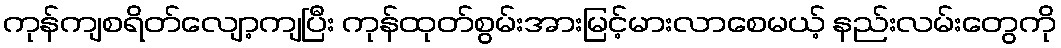
ကုန်ကျစရိတ်လျော့ကျပြီး ကုန်ထုတ်စွမ်းအားမြင့်မားလာစေမယ့် နည်းလမ်းတွေကို